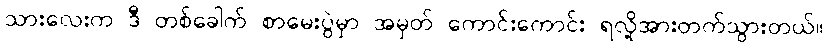
သားလေးက ဒီ တစ်ခေါက် စာမေးပွဲမှာ အမှတ် ကောင်းကောင်း ရလို့အားတက်သွားတယ်။